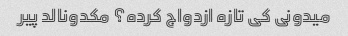
میدونی کی تازه ازدواج کرده؟ مکدونالد پیر